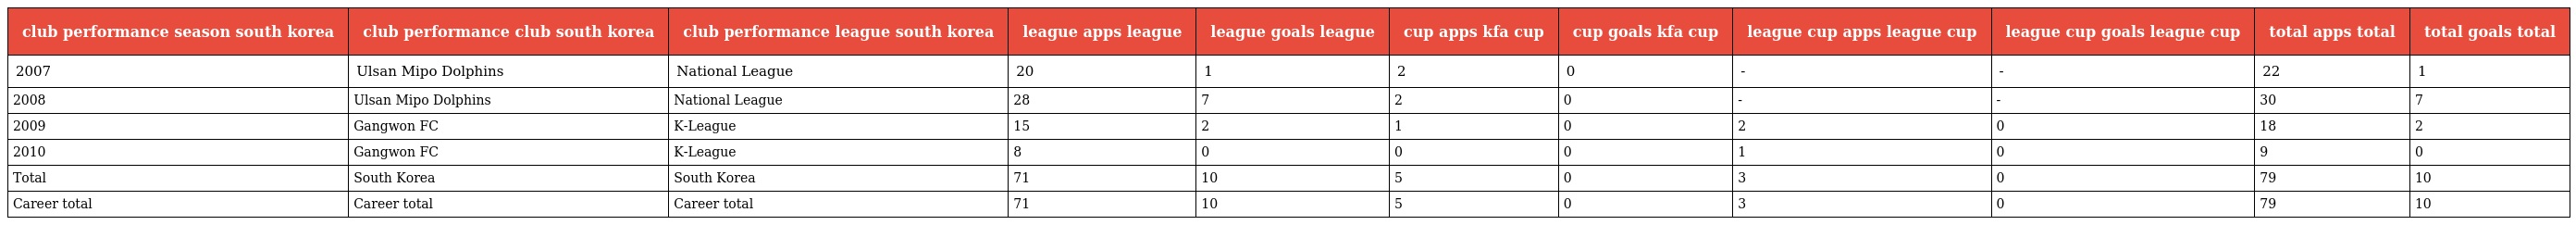
| club performance season south korea | club performance club south korea | club performance league south korea | league apps league | league goals league | cup apps kfa cup | cup goals kfa cup | league cup apps league cup | league cup goals league cup | total apps total | total goals total |
 | --- | --- | --- | --- | --- | --- | --- | --- | --- | --- | --- |
 | 2007 | Ulsan Mipo Dolphins | National League | 20 | 1 | 2 | 0 | - | - | 22 | 1 |
 | 2008 | Ulsan Mipo Dolphins | National League | 28 | 7 | 2 | 0 | - | - | 30 | 7 |
 | 2009 | Gangwon FC | K-League | 15 | 2 | 1 | 0 | 2 | 0 | 18 | 2 |
 | 2010 | Gangwon FC | K-League | 8 | 0 | 0 | 0 | 1 | 0 | 9 | 0 |
 | Total | South Korea | South Korea | 71 | 10 | 5 | 0 | 3 | 0 | 79 | 10 |
 | Career total | Career total | Career total | 71 | 10 | 5 | 0 | 3 | 0 | 79 | 10 |